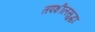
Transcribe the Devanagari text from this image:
तपशीलसुद्धा